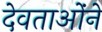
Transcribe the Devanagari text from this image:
देवताओंने